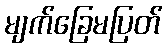
မျက်ခြေမပြတ်